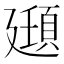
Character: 𫸔